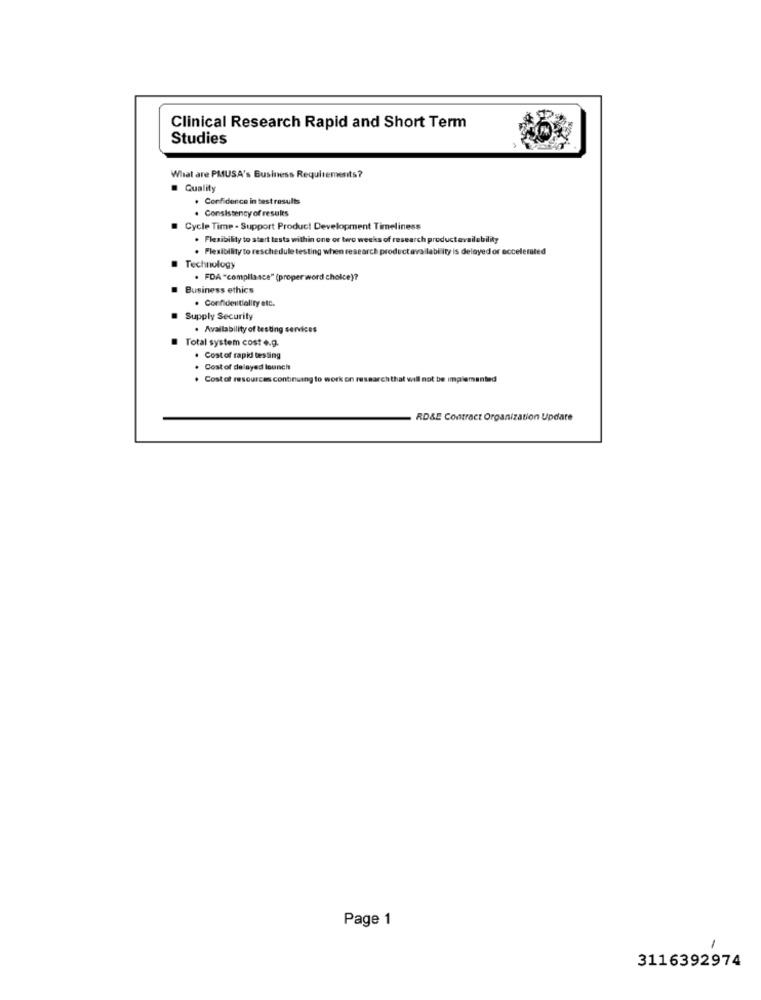
Clinical Research Rapid and Short Term
Studies
What are PMUSA's Business Requirements?
Quality
. Confidence in test results
. Consistency of results
Cycle Time - Support Product Development Timeliness
. Flexibility to start testa within one or two weeks of research product availability
. Flexibility to reschedule testing when research productavailability is delayed or accelerated
Technology
. FDA "compliance" (proper word choice)?
Business ethics
· Confidentiality etc.
Supply Security
· Availability of testing services
Total system cost .. g.
. Costof rapid testing
. Cost of delayed lounch
. Cost of resources continuing to work on research that will not be implemented
RD&E Contract Organization Update
Page 1
3116392974